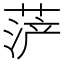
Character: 𱽼